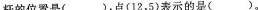
的位置是()，点(12，5)表示的是()。